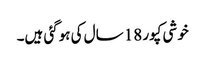
خوشی کپور 18 سال کی ہوگئی ہیں۔